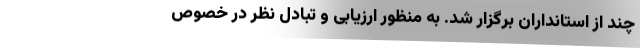
چند از استانداران برگزار شد. به منظور ارزیابی و تبادل نظر در خصوص